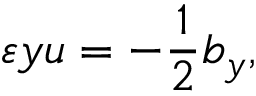
\varepsilon y u = - \frac { 1 } { 2 } b _ { y } ,